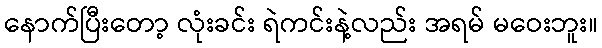
နောက်ပြီးတော့ လုံးခင်း ရဲကင်းနဲ့လည်း အရမ် မဝေးဘူး။